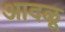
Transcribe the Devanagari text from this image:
आदळू